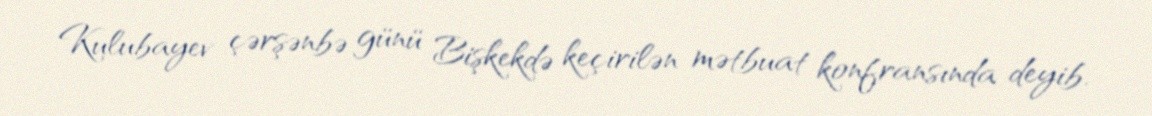
Kulubayev çərşənbə günü Bişkekdə keçirilən mətbuat konfransında deyib.